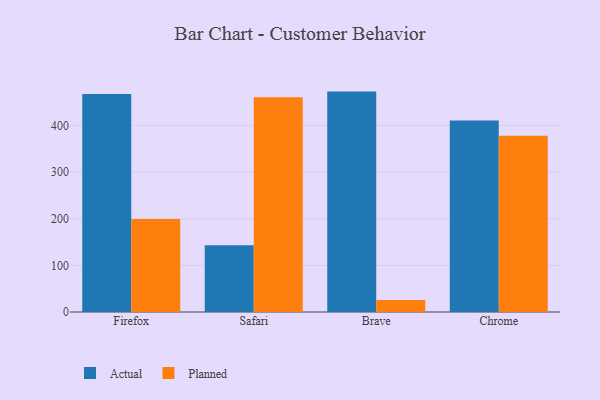
{"axis": {"x": "Browser", "y": "Churn Rate (%)"}, "legend": ["Actual", "Planned"], "data": [{"x": "Firefox", "y": 467.1, "type": "Actual"}, {"x": "Firefox", "y": 199.6, "type": "Planned"}, {"x": "Safari", "y": 142.9, "type": "Actual"}, {"x": "Safari", "y": 460.2, "type": "Planned"}, {"x": "Brave", "y": 472.4, "type": "Actual"}, {"x": "Brave", "y": 25.7, "type": "Planned"}, {"x": "Chrome", "y": 410.3, "type": "Actual"}, {"x": "Chrome", "y": 377.8, "type": "Planned"}]}